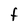
Character: F